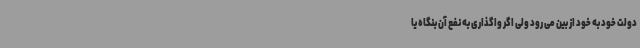
دولت خود به خود از بین می رود ولی اگر واگذاری به نفع آن بنگاه یا